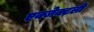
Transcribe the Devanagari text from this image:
एक्जेक्टली